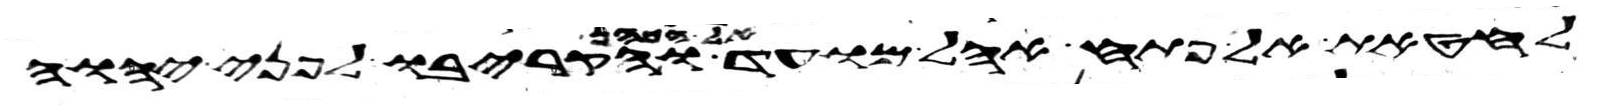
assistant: לחטאת אל פתח אהל מועד אל הכהן והקריבו לפני יהוה